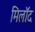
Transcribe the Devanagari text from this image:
मिलॉद